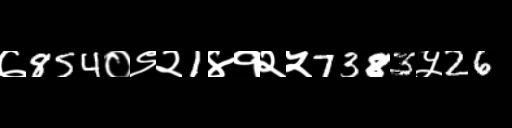
Text: ७854०९२1४१२५7383५26